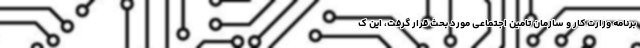
برنامه وزارت کار و سازمان تامین اجتماعی مورد بحث قرار گرفت، این ک